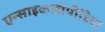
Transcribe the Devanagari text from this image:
एन्साइकलोपीडिया